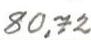
80,72